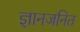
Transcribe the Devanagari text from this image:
ज्ञानजनित